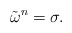
\begin{align*} \tilde{\omega}^{n} = \sigma.\end{align*}